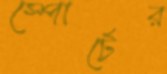
স্পোর্টের